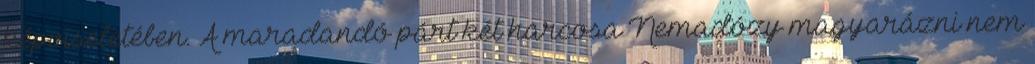
képviseletében. A maradandó párt két harcosa Nemadózy magyarázni nem